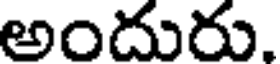
అందురు.